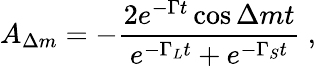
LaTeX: A_{\Delta m}=-{\frac{2e^{-\Gamma t}\cos\Delta mt}{e^{-\Gamma_{L}t}+e^{-\Gamma_{S}t}}}\ ,